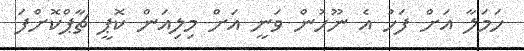
ހަމަލާ އަށް ފަހު އެ ނޫހުން ވަނީ އަށް މިލިއަން ކޮޕީ ޗާޕްކޮށްފަ